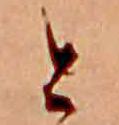
と